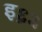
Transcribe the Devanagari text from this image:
इ६३